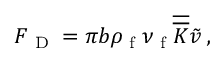
\boldsymbol { F } _ { \textup { D } } = \pi b \rho _ { \textup { f } } { \nu _ { \textup { f } } } \overline { { \overline { { K } } } } \boldsymbol { \tilde { v } } \, ,